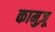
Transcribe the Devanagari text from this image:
कामुज़ू